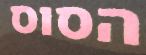
הסוס